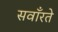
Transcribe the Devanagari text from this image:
सवाँरते